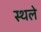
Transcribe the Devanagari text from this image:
स्थले